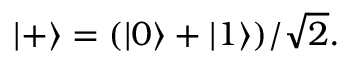
| + \rangle = ( | 0 \rangle + | 1 \rangle ) / { \sqrt { 2 } } .